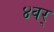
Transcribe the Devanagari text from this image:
४वर्